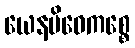
ယေနမိဓေကစ္စေ